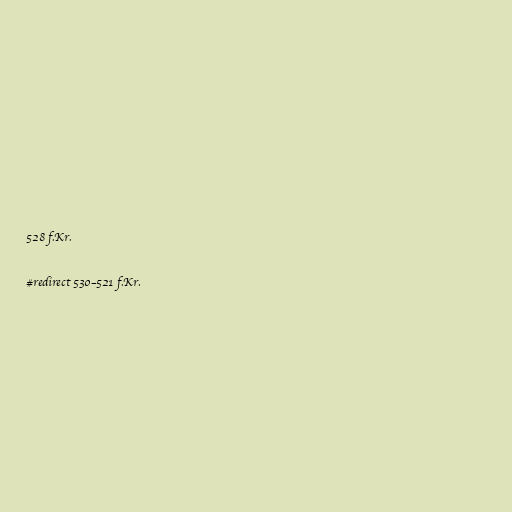
528 f.Kr.

#redirect 530–521 f.Kr.